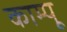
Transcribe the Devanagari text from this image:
काम्पू